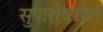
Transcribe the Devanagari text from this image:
सुपारीवरील